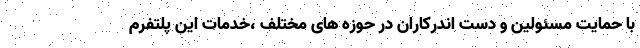
با حمایت مسئولین و دست اندرکاران در حوزه های مختلف ،خدمات این پلتفرم